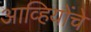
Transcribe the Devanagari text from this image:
आव्हियोंचे